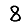
Digit: 8